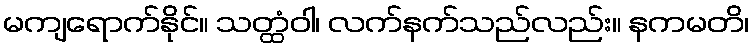
မကျရောက်နိုင်။ သတ္ထံဝါ၊ လက်နက်သည်လည်း။ နကမတိ၊